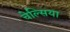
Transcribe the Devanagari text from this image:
चेल्‍िसया